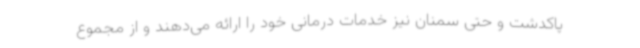
پاکدشت و حتی سمنان نیز خدمات درمانی خود را ارائه می‌دهند و از مجموع